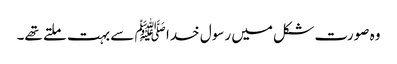
وہ صورت شکل میں رسول خدا ﷺ سے بہت ملتے تھے۔